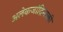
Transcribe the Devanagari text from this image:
अलेकजांद्रिनस्की